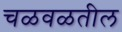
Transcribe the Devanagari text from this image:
चळवळतील